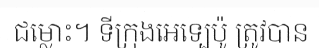
ជម្លោះ។ ទីក្រុងអេទ្បេប៉ូ ត្រូវបាន